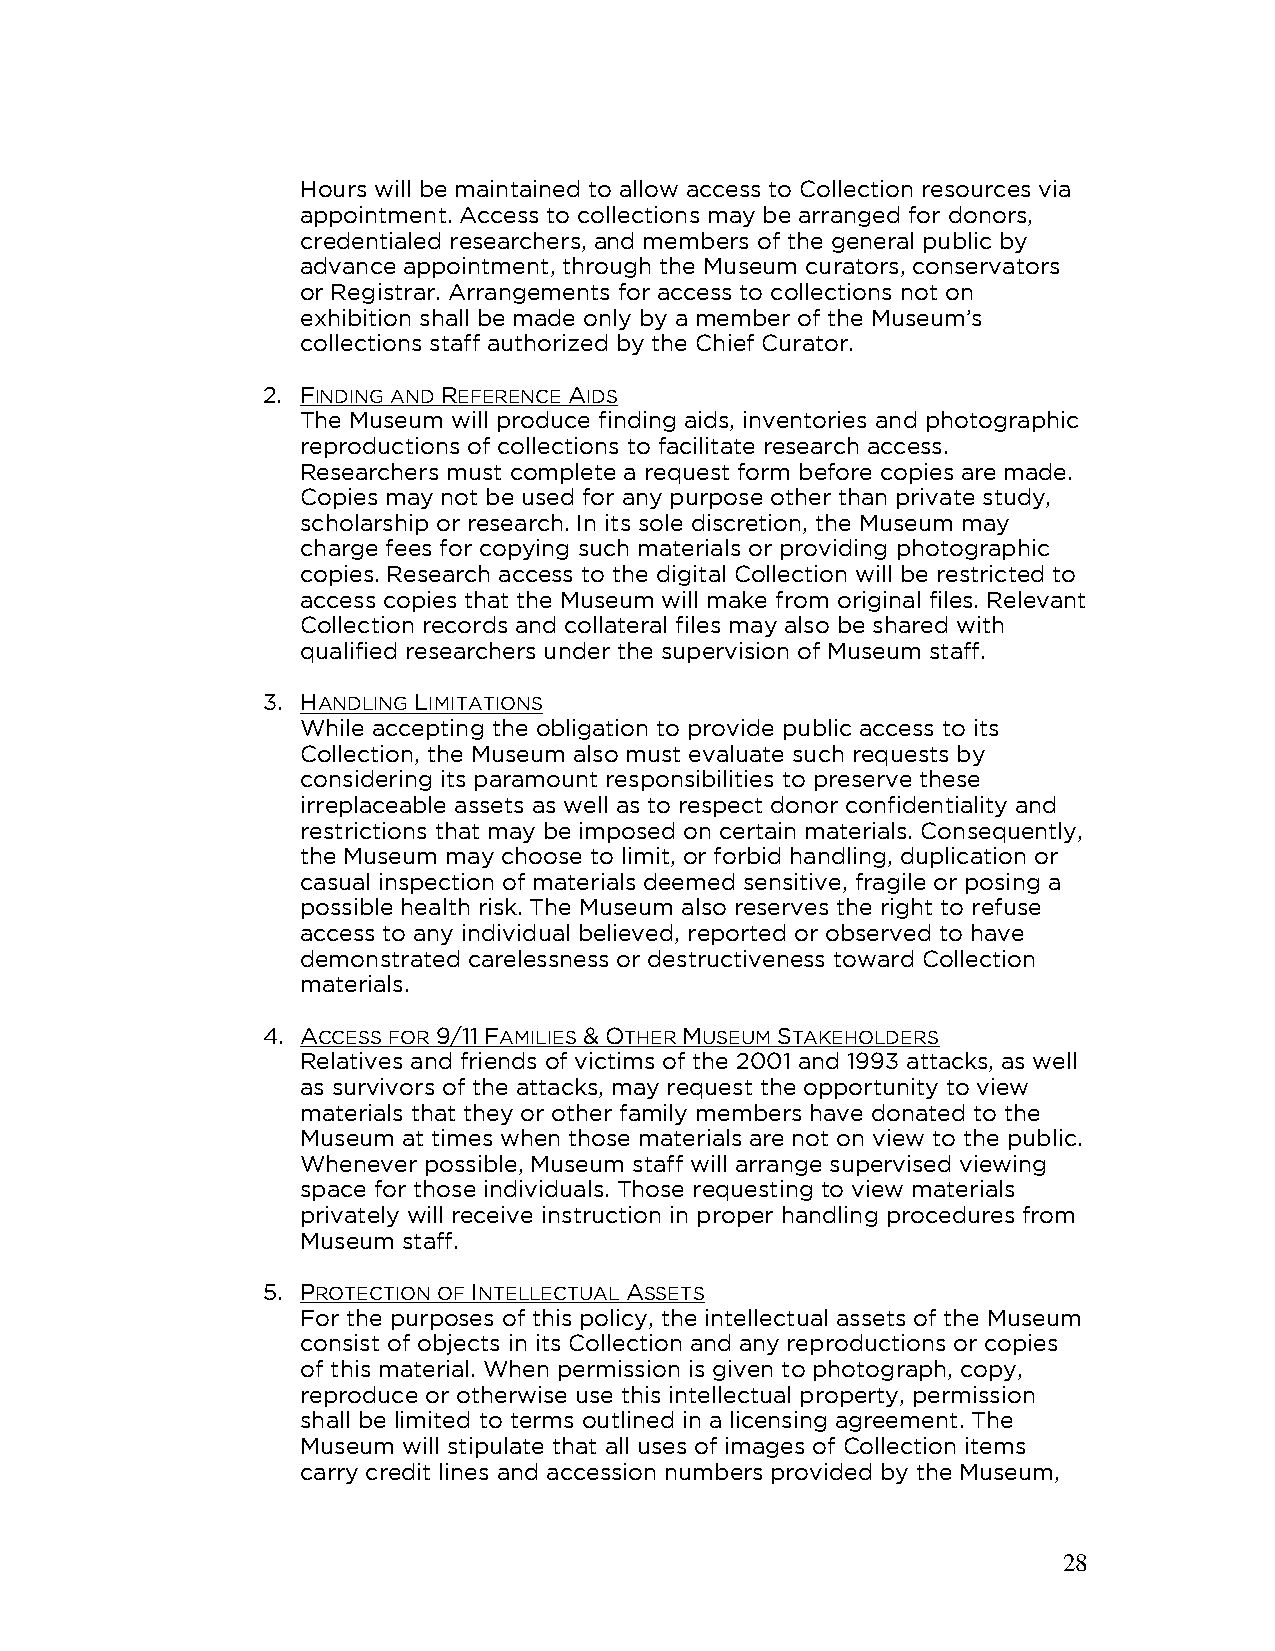
Hours will be maintained to allow access to Collection resources via
 appointment. Access to collections may be arranged for donors,
 credentialed researchers, and members of the general public by
 advance appointment, through the Museum curators, conservators
 or Registrar. Arrangements for access to collections not on
 exhibition shall be made only by a member of the Museum’s
 collections staff authorized by the Chief Curator.
 2. FINDING AND REFERENCE AIDS
 The Museum will produce finding aids, inventories and photographic
 reproductions of collections to facilitate research access.
 Researchers must complete a request form before copies are made.
 Copies may not be used for any purpose other than private study,
 scholarship or research. In its sole discretion, the Museum may
 charge fees for copying such materials or providing photographic
 copies. Research access to the digital Collection will be restricted to
 access copies that the Museum will make from original files. Relevant
 Collection records and collateral files may also be shared with
 qualified researchers under the supervision of Museum staff.
 3. HANDLING LIMITATIONS
 While accepting the obligation to provide public access to its
 Collection, the Museum also must evaluate such requests by
 considering its paramount responsibilities to preserve these
 irreplaceable assets as well as to respect donor confidentiality and
 restrictions that may be imposed on certain materials. Consequently,
 the Museum may choose to limit, or forbid handling, duplication or
 casual inspection of materials deemed sensitive, fragile or posing a
 possible health risk. The Museum also reserves the right to refuse
 access to any individual believed, reported or observed to have
 demonstrated carelessness or destructiveness toward Collection
 materials.
 4. ACCESS FOR 9/11 FAMILIES & OTHER MUSEUM STAKEHOLDERS
 Relatives and friends of victims of the 2001 and 1993 attacks, as well
 as survivors of the attacks, may request the opportunity to view
 materials that they or other family members have donated to the
 Museum at times when those materials are not on view to the public.
 Whenever possible, Museum staff will arrange supervised viewing
 space for those individuals. Those requesting to view materials
 privately will receive instruction in proper handling procedures from
 Museum staff.
 5. PROTECTION OF INTELLECTUAL ASSETS
 For the purposes of this policy, the intellectual assets of the Museum
 consist of objects in its Collection and any reproductions or copies
 of this material. When permission is given to photograph, copy,
 reproduce or otherwise use this intellectual property, permission
 shall be limited to terms outlined in a licensing agreement. The
 Museum will stipulate that all uses of images of Collection items
 carry credit lines and accession numbers provided by the Museum,
 28